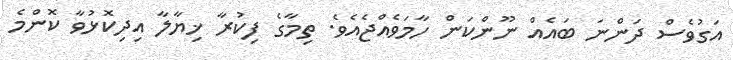
އަގުވެސް ދަންނަ ބައެއް ނޫންކަން ހާމަވެއްޖެއެވެ. ތިމާގެ ފިކުރާ ޚިޔާލާ އިދިކޮޅުވާ ކޮންމެ